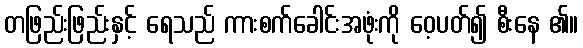
တဖြည်းဖြည်းနှင့် ရေသည် ကားစက်ခေါင်းအဖုံးကို ဝေ့ပတ်၍ စီးနေ ၏။